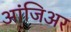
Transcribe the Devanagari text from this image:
आंजिअर